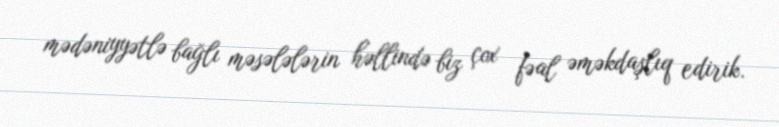
mədəniyyətlə bağlı məsələlərin həllində biz çox fəal əməkdaşlıq edirik.